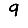
Digit: 9